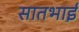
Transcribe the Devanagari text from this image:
सातभाई